Annual statistical returns and brief notes on vaccination in Bengal - 1896-1909
Year: 1896
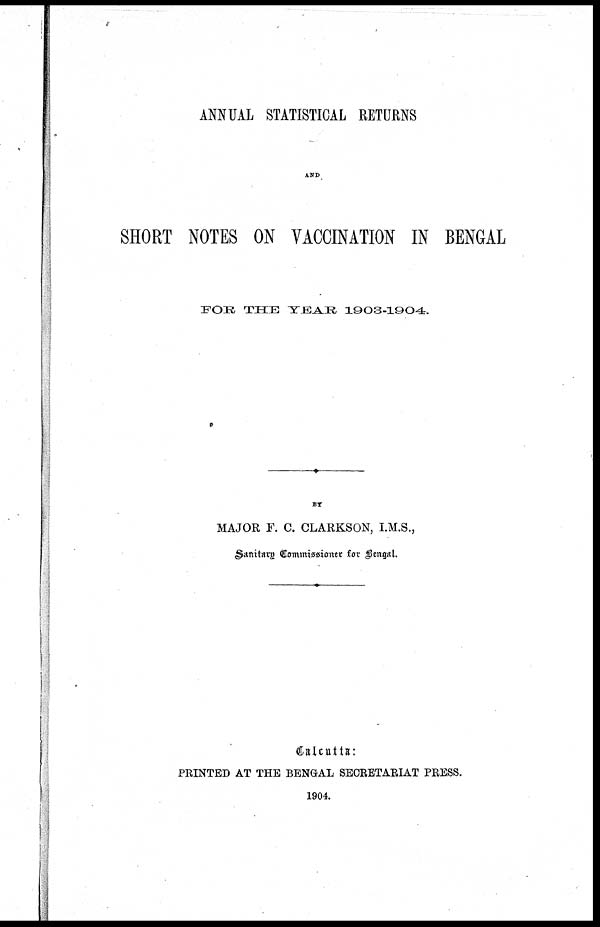
ANNUAL STATISTICAL RETURNS
AND
SHORT NOTES ON VACCINATION IN BENGAL
FOR THE YEAR 1903-1904.
BY
MAJOR F. C. CLARKSON, I.M.S.,
Sanitary Commissioner for Bengal.
Calcutta:
PRINTED AT THE BENGAL SECRETARIAT PRESS.
1904.